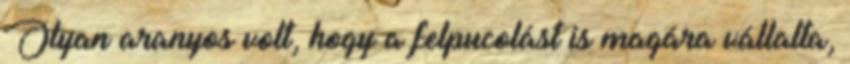
Olyan aranyos volt, hogy a felpucolást is magára vállalta,